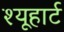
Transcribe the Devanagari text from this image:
श्यूहार्ट